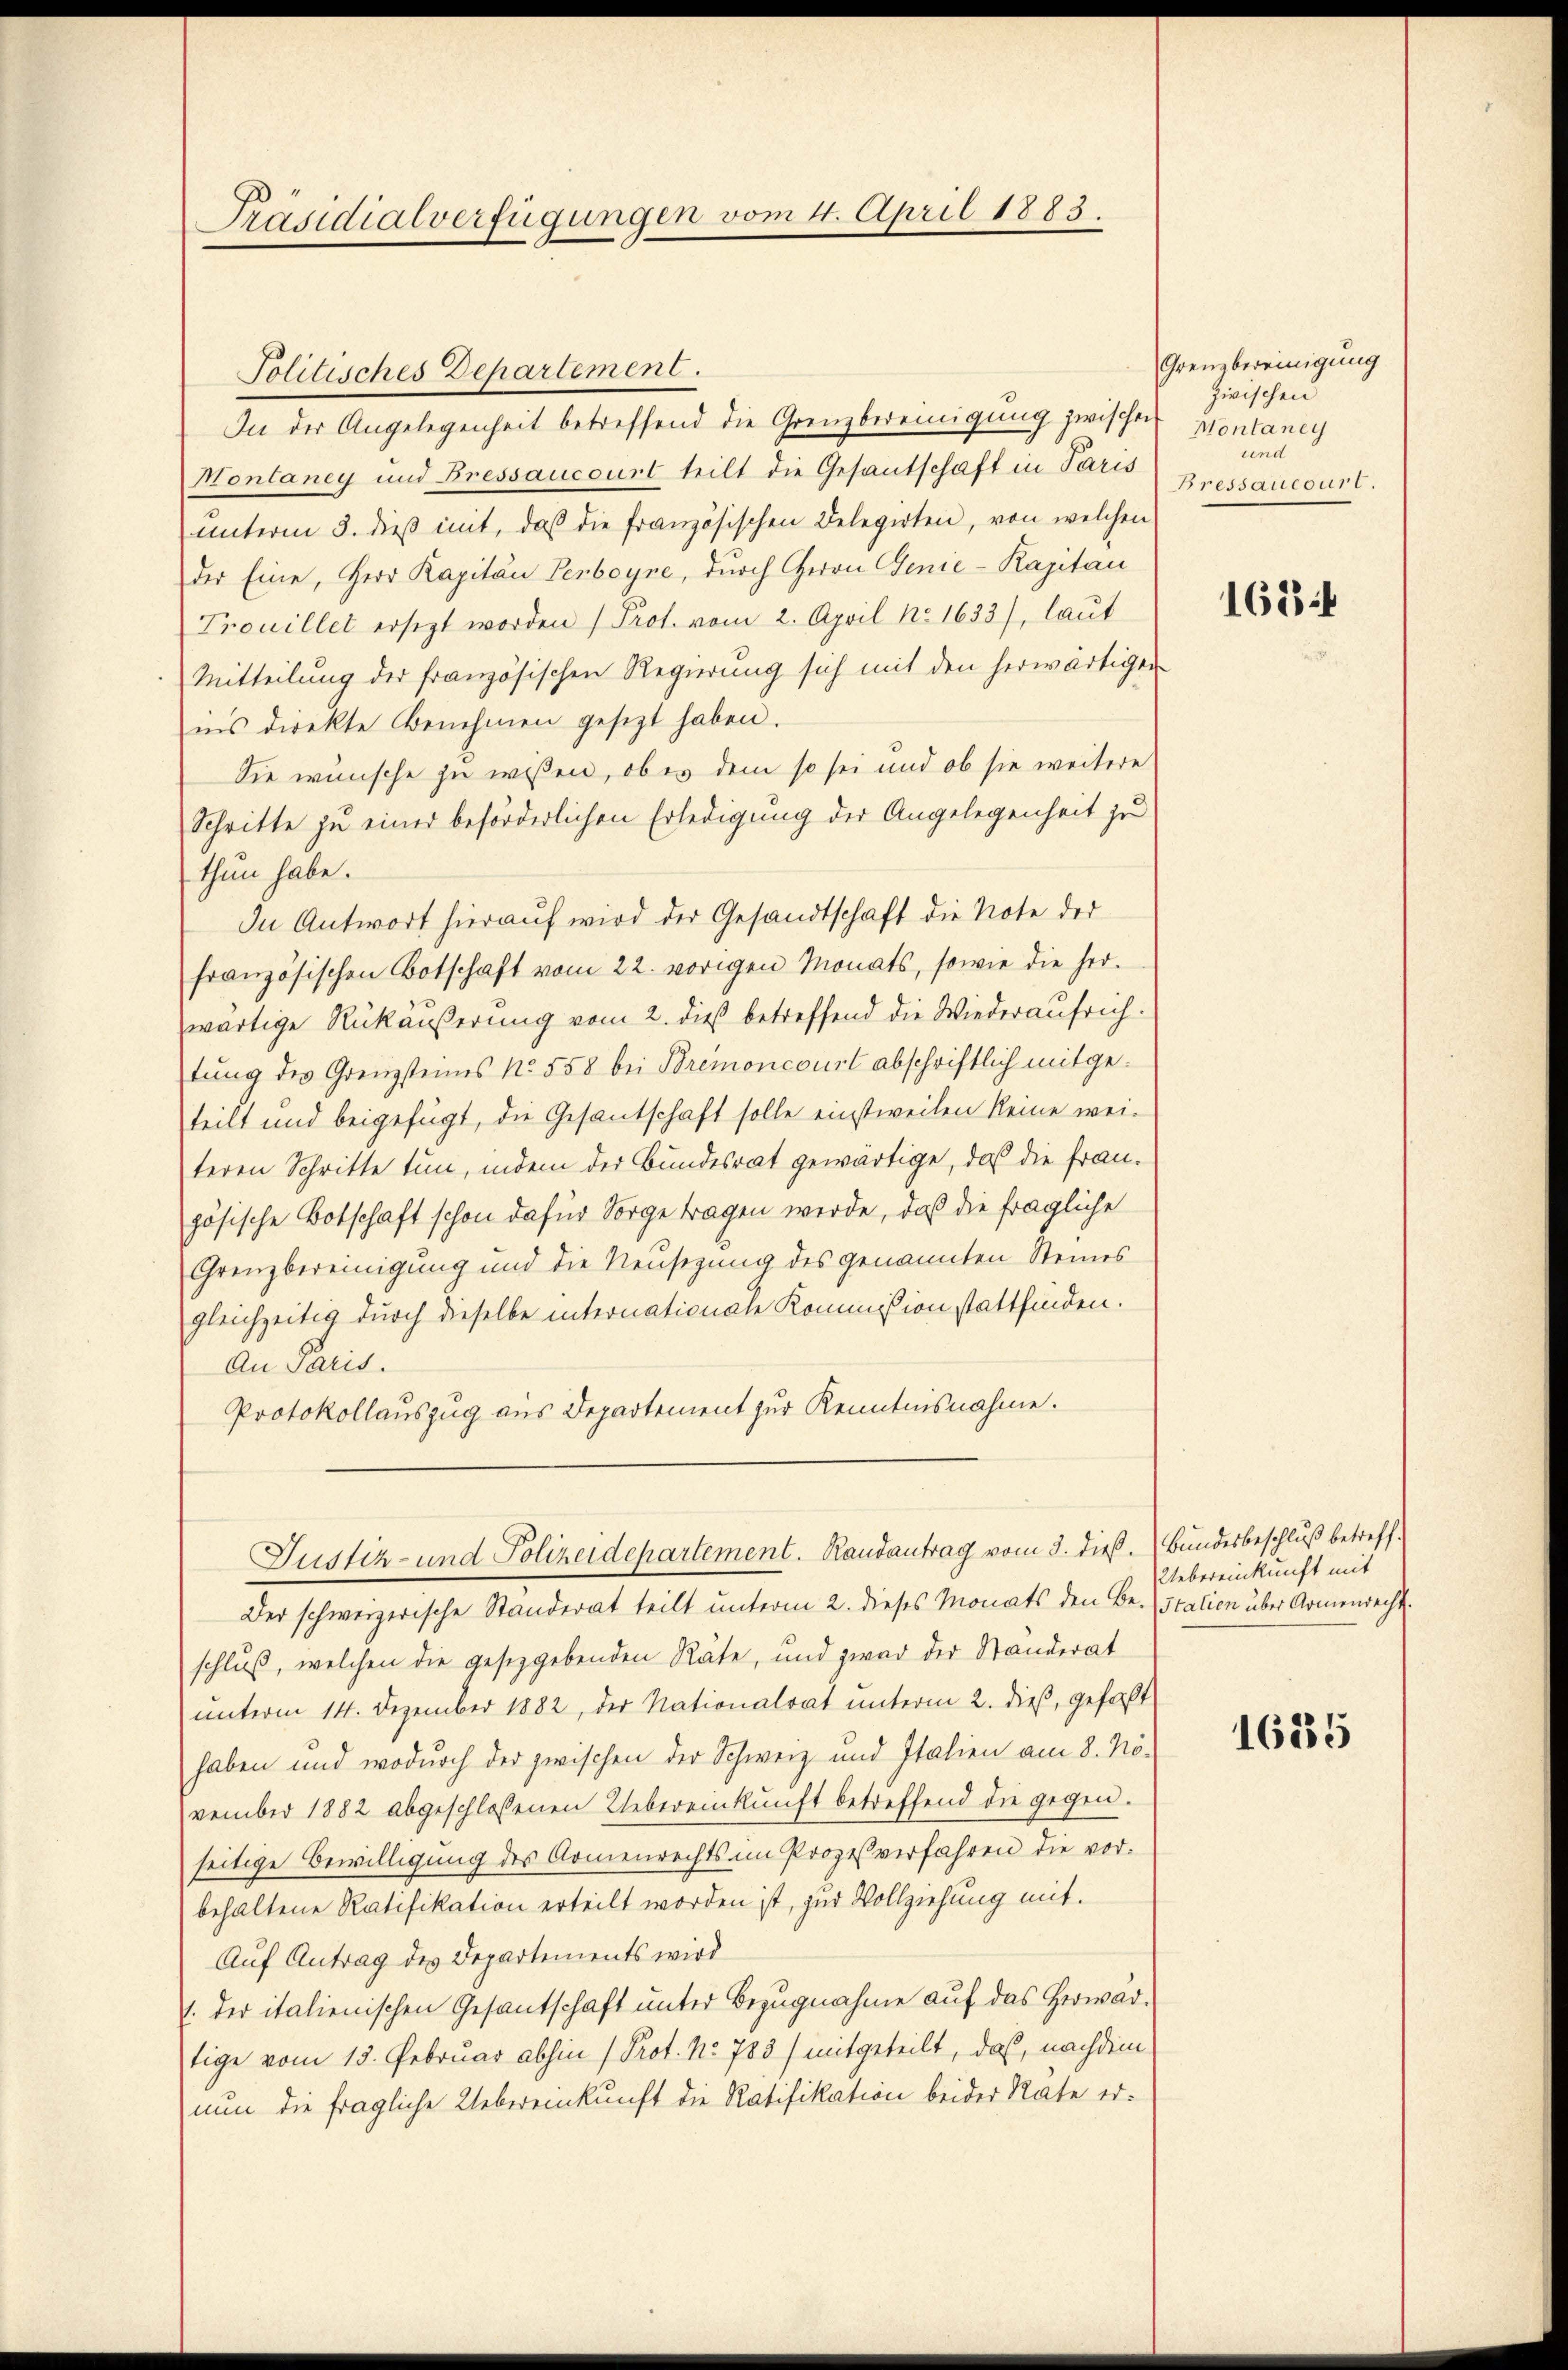
Präsidialverfügungen vom 4. April 1883.

Politisches Departement.
In der Angelegenheit betreffend die Grenzbereinigung zwischen Montaney
Montaney und Bressaucourt teilt die Gesantschaft in Paris
unterm 3. dieß mit, daß die französischen Delegirten, von welchen
der Eine, Herr Kapitän Perboyne, durch Herrn Genie-Kapitan
Trouillet ersezt worden (Prof. vom 2. April No 1633), laut
Mitteilung der französischen Regierung sich mit den herwärtigen
ins direkte Benehmen gesezt haben.
Sie wünsche zu wissen, ob es dem so sei und ob sie weitere
Schritte zu einer beförderlichen Erledigung der Angelegenheit zu
thun habe.
In Antwort hierauf wird der Gesandtschaft die Note der
französischen Botschaft vom 22. vorigen Monats, sowie die herwärtige Rükäußerung vom 2. dieß betreffend die Wiederaufrichtung des Grenzsteines No. 558 bei Bremoncourt abschriftlich mitgeteilt und beigefügt, die Gesantschaft solle einstweilen keine wei-
teren Schritte tun, indem der Bundesrat gewärtige, daß die Frauzösische Botschaft schon dafür Sorge tragen werde, daß die fragliche
Grenzbereinigung und die Neusezung des genannten Steines
gleichzeitig durch dieselbe internationale Kommißion stattfinden.
An Paris.
Protokollauszug aus Departement zur Kenntnisnahme.
Justiz- und Polizeidepartement. Randantrag vom 3. dieß.
Der schweizerische Standerat teilt unterm 2. dieses Monats den Be-
schluß, welchen die gesetzgebenden Räte, und zwar der Standerat
unterm 14. Dezember 1882, der Nationalrat unterm 2. dieß, gefaßt
haben und wodurch der zwischen der Schweiz und Italien am 8. No-
vember 1882 abgeschlossenen Uebereinkunft betreffend die gegen.
seitige Bewilligung des Armenrechts im Prozesverfahren die vor.
behaltene Ratifikation erteilt worden ist, zur Vollziehung mit.
Auf Antrag des Departements wird
1. der italienischen Gesantschaft unter Bezugnahme auf das Herwartige vom 15. Februar abhin (Prot. No. 783) mitgeteilt, daß, nachdem
nun die fragliche Uebereinkunft die Ratifikation beider Rate er¬

Grenzbereinigung
zwischen
und
Bressaucourt.

1684

Bundesbeschluß betreff.
Uebereinkunft mit
Italien über Armenrecht.

1635